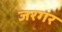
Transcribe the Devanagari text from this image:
जरगर